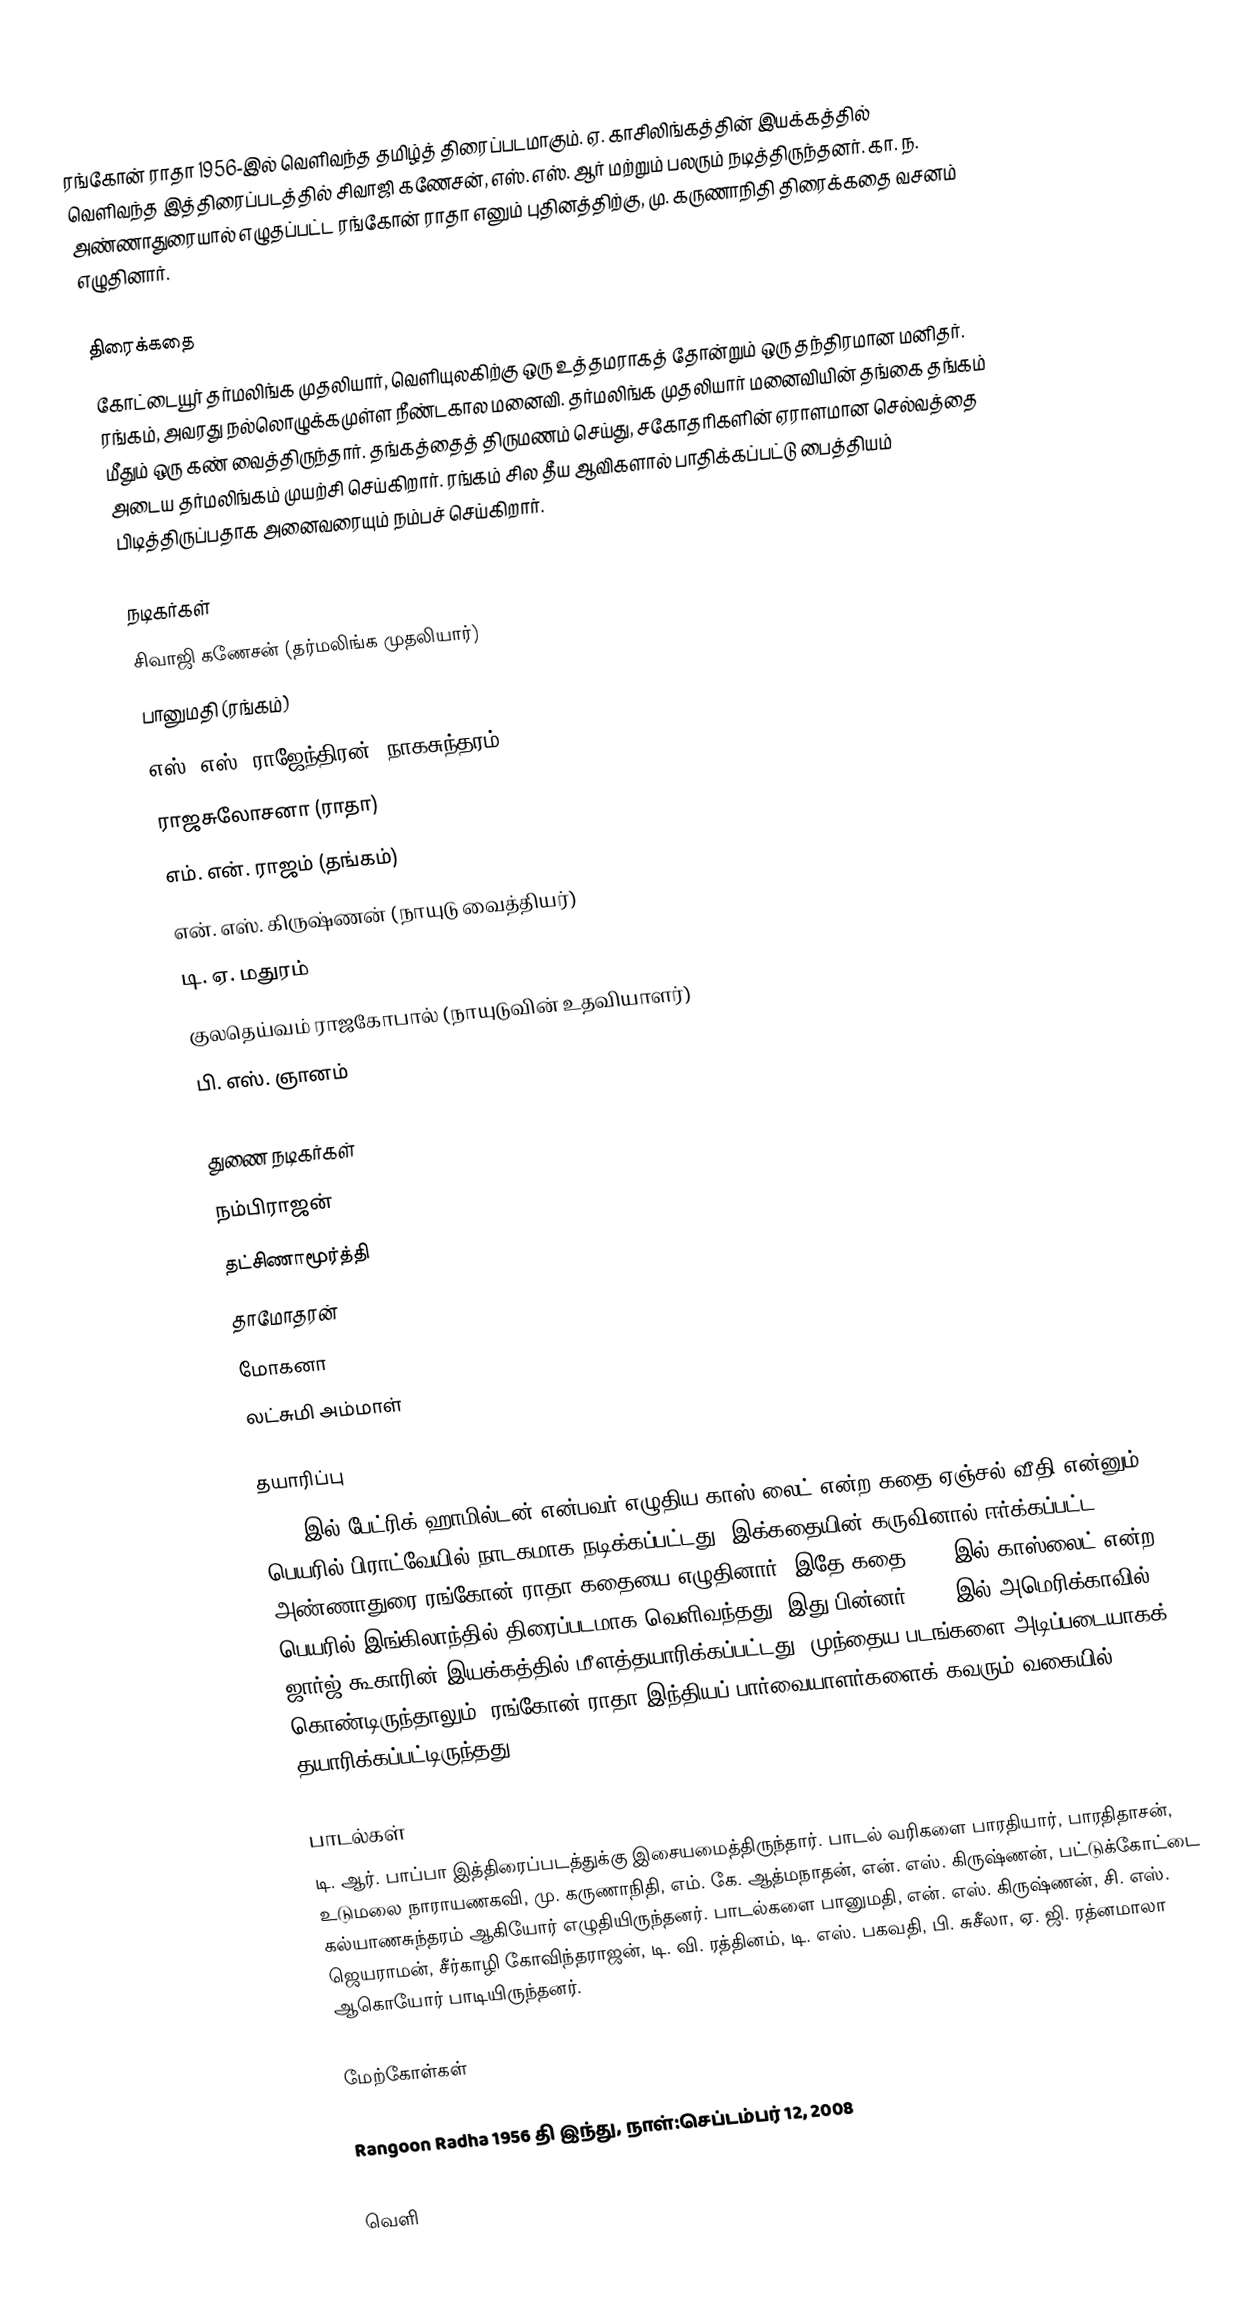
ரங்கோன் ராதா 1956-இல் வெளிவந்த தமிழ்த் திரைப்படமாகும். ஏ. காசிலிங்கத்தின் இயக்கத்தில் வெளிவந்த இத்திரைப்படத்தில் சிவாஜி கணேசன், எஸ். எஸ். ஆர் மற்றும் பலரும் நடித்திருந்தனர். கா. ந. அண்ணாதுரையால் எழுதப்பட்ட ரங்கோன் ராதா எனும் புதினத்திற்கு, மு. கருணாநிதி திரைக்கதை வசனம் எழுதினார்.

திரைக்கதை
கோட்டையூர் தர்மலிங்க முதலியார், வெளியுலகிற்கு ஒரு உத்தமராகத் தோன்றும் ஒரு தந்திரமான மனிதர். ரங்கம், அவரது நல்லொழுக்கமுள்ள நீண்டகால மனைவி. தர்மலிங்க முதலியார் மனைவியின் தங்கை தங்கம் மீதும் ஒரு கண் வைத்திருந்தார். தங்கத்தைத் திருமணம் செய்து, சகோதரிகளின் ஏராளமான செல்வத்தை அடைய தர்மலிங்கம் முயற்சி செய்கிறார். ரங்கம் சில தீய ஆவிகளால் பாதிக்கப்பட்டு பைத்தியம் பிடித்திருப்பதாக அனைவரையும் நம்பச் செய்கிறார்.

நடிகர்கள்
சிவாஜி கணேசன் (தர்மலிங்க முதலியார்)
பானுமதி (ரங்கம்)
எஸ். எஸ். ராஜேந்திரன் (நாகசுந்தரம்)
ராஜசுலோசனா (ராதா)
எம். என். ராஜம் (தங்கம்)
என். எஸ். கிருஷ்ணன் (நாயுடு வைத்தியர்)
டி. ஏ. மதுரம்
குலதெய்வம் ராஜகோபால் (நாயுடுவின் உதவியாளர்)
பி. எஸ். ஞானம்

துணை நடிகர்கள்
நம்பிராஜன்
தட்சிணாமூர்த்தி
தாமோதரன்
மோகனா
லட்சுமி அம்மாள்

தயாரிப்பு
1938 இல் பேட்ரிக் ஹாமில்டன் என்பவர் எழுதிய காஸ் லைட் என்ற கதை ஏஞ்சல் வீதி என்னும் பெயரில் பிராட்வேயில் நாடகமாக நடிக்கப்பட்டது. இக்கதையின் கருவினால் ஈர்க்கப்பட்ட அண்ணாதுரை ரங்கோன் ராதா கதையை எழுதினார். இதே கதை 1940-இல் காஸ்லைட் என்ற பெயரில் இங்கிலாந்தில் திரைப்படமாக வெளிவந்தது. இது பின்னர் 1944 இல் அமெரிக்காவில் ஜார்ஜ் கூகாரின் இயக்கத்தில் மீளத்தயாரிக்கப்பட்டது. முந்தைய படங்களை அடிப்படையாகக் கொண்டிருந்தாலும். ரங்கோன் ராதா இந்தியப் பார்வையாளர்களைக் கவரும் வகையில் தயாரிக்கப்பட்டிருந்தது.

பாடல்கள்
டி. ஆர். பாப்பா இத்திரைப்படத்துக்கு இசையமைத்திருந்தார். பாடல் வரிகளை பாரதியார், பாரதிதாசன், உடுமலை நாராயணகவி, மு. கருணாநிதி, எம். கே. ஆத்மநாதன், என். எஸ். கிருஷ்ணன், பட்டுக்கோட்டை கல்யாணசுந்தரம் ஆகியோர் எழுதியிருந்தனர். பாடல்களை பானுமதி, என். எஸ். கிருஷ்ணன், சி. எஸ். ஜெயராமன், சீர்காழி கோவிந்தராஜன், டி. வி. ரத்தினம், டி. எஸ். பகவதி, பி. சுசீலா, ஏ. ஜி. ரத்னமாலா ஆகொயோர் பாடியிருந்தனர்.

மேற்கோள்கள்

Rangoon Radha 1956 தி இந்து, நாள்:செப்டம்பர் 12, 2008

வெளி